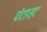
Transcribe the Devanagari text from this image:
पोटहस्ट